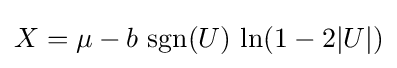
X=\mu -b\,\operatorname {sgn}(U)\,\ln(1-2|U|)